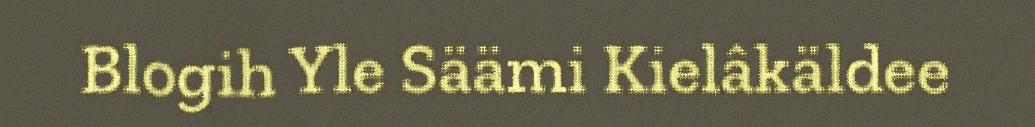
Blogih Yle Säämi Kielâkäldee